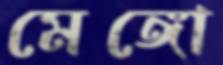
মেঙ্গো